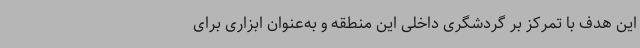
این هدف با تمرکز بر گردشگری داخلی این منطقه و به‌عنوان ابزاری برای